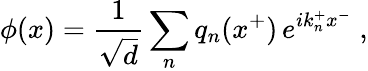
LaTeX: \phi\! \left(x\right)={\frac{1}{\sqrt d}}\sum_{n}q_{n}(x^{+})\, e^{ik_{n}^{+}x^{-}}\; ,